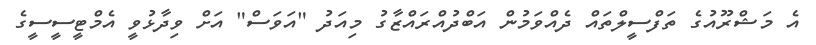
އެ މަޝްރޫއުގެ ތަފްސީލްތައް ދެއްވަމުން އަބްދުއްރައްޒާގު މިއަދު "އަވަސް" އަށް ވިދާޅުވީ އެމްޓީސީސީގެ